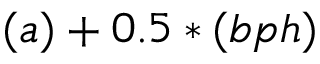
( a ) + 0 . 5 * ( b p h )